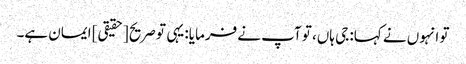
تو انہوں نے کہا: جی ہاں، تو آپ نے فرمایا: یہی تو صریح [حقیقی] ایمان ہے۔